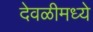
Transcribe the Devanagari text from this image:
देवळीमध्ये